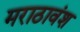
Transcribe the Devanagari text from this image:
मराठावंश